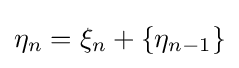
\eta _{n}=\xi _{n}+\{\eta _{n-1}\}